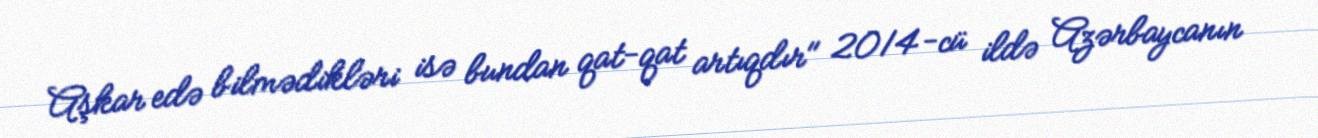
Aşkar edə bilmədikləri isə bundan qat-qat artıqdır" 2014-cü ildə Azərbaycanın